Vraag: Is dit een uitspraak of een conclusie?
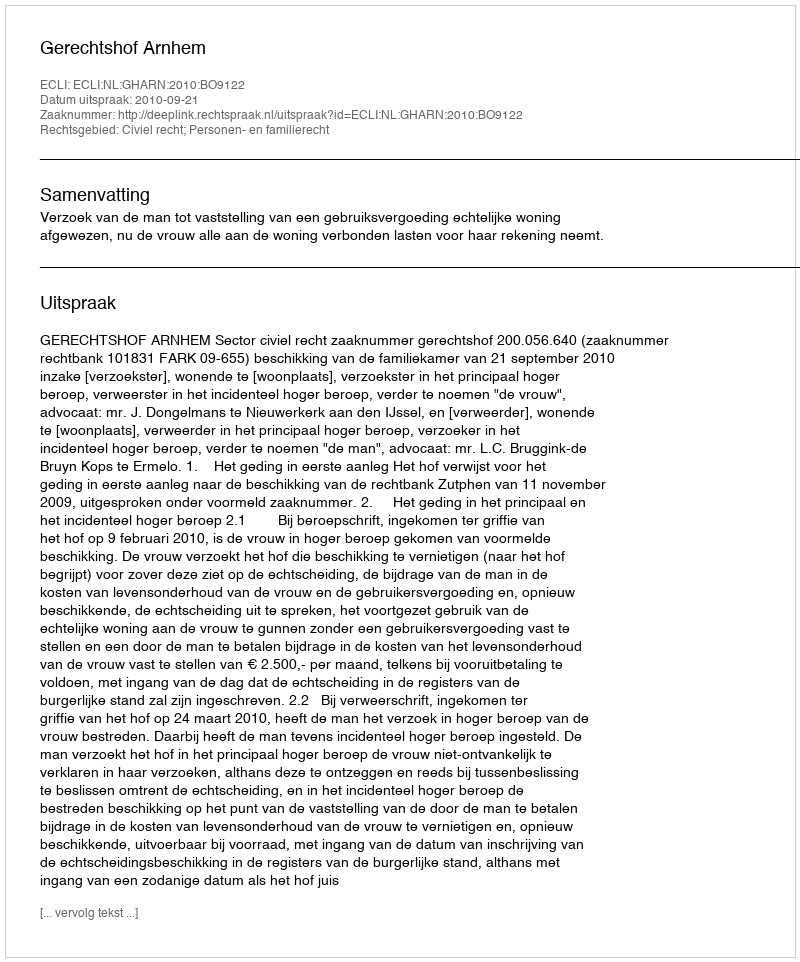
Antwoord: Uitspraak